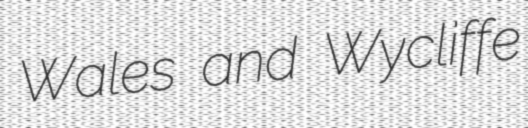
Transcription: Wales and Wycliffe